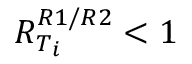
R _ { T _ { i } } ^ { R 1 / R 2 } < 1